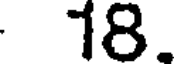
18.